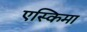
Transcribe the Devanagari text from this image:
एस्किमा